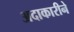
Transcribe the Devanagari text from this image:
अदाकारीने